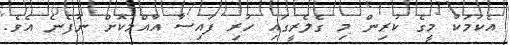
އެކަމަކު މީގެ ކުރިން މި ގެލެރީގައި ހުރި ފައިސާ އާއްމުކޮށް ނުފެނެ އެވެ.